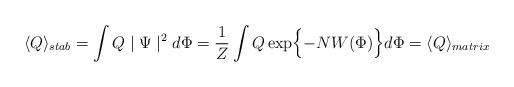
LaTeX: \begin{align*}\langle Q \rangle_{stab} = \int Q \mid\Psi\mid^2 d\Phi =\frac{1}{Z} \int Q \exp\Bigl\{- N W (\Phi)\Bigr\} d\Phi =\langle Q \rangle_{matrix}\end{align*}